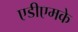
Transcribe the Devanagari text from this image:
एडीएमके